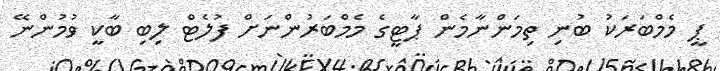
ޕީ މެމްބަރަކު ބުނި ތިމަންނާމެން ޕާޓީގެ މެމްބަރުންނަށް ފުލެޓް ލިބި ބާކީ ވުމުންނޭ